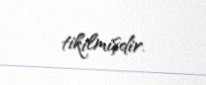
tikilmişdir.